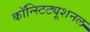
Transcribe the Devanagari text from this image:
कॉन्स्टिट्यूशनल